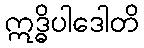
ဣဒ္ဓိပါဒေါတိ